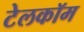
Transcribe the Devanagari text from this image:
टेलकॉम